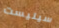
سيليست